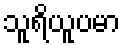
သူရိယူပမာ